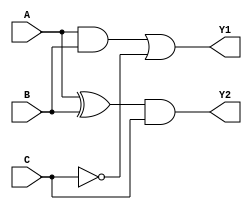
module CPLD_Design (
    input wire A,         // Input A
    input wire B,         // Input B
    input wire C,         // Input C
    output wire Y1,       // Output Y1
    output wire Y2        // Output Y2
);

// Combinational Logic Functions
// Example Logic:
// Y1 = (A AND B) OR (NOT C)
// Y2 = (A XOR B) AND C

// Intermediate signals
wire notC;
wire andAB;
wire orY1;
wire xorAB;

// Logic implementations
assign notC = ~C;            // NOT operation
assign andAB = A & B;       // AND operation
assign orY1 = andAB | notC; // OR operation for Y1
assign xorAB = A ^ B;       // XOR operation
assign Y1 = orY1;           // Final output for Y1
assign Y2 = xorAB & C;      // Final output for Y2

endmodule